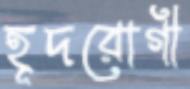
হূদরোগী